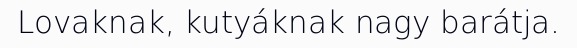
Lovaknak, kutyáknak nagy barátja.